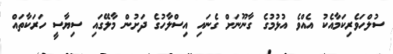
ސުލްހަވެރިކަމާއެކު އެއްވެ އުޅުމުގެ ގާނޫނަށް ގެނައި އިސްލާހުގެ ދަށުން މާލޭގައި ސިޔާސީ ހަރަކާތައް